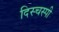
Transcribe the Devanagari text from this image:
दिस्चस्पी